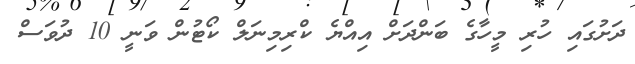
ދަށުގައި ހުރި މީހާގެ ބަންދަށް އިއްޔެ ކްރިމިނަލް ކޯޓުން ވަނީ 10 ދުވަސް